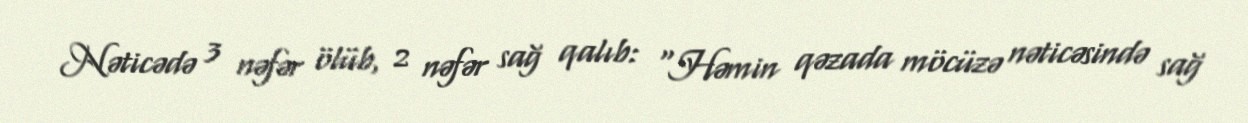
Nəticədə 3 nəfər ölüb, 2 nəfər sağ qalıb: “Həmin qəzada möcüzə nəticəsində sağ